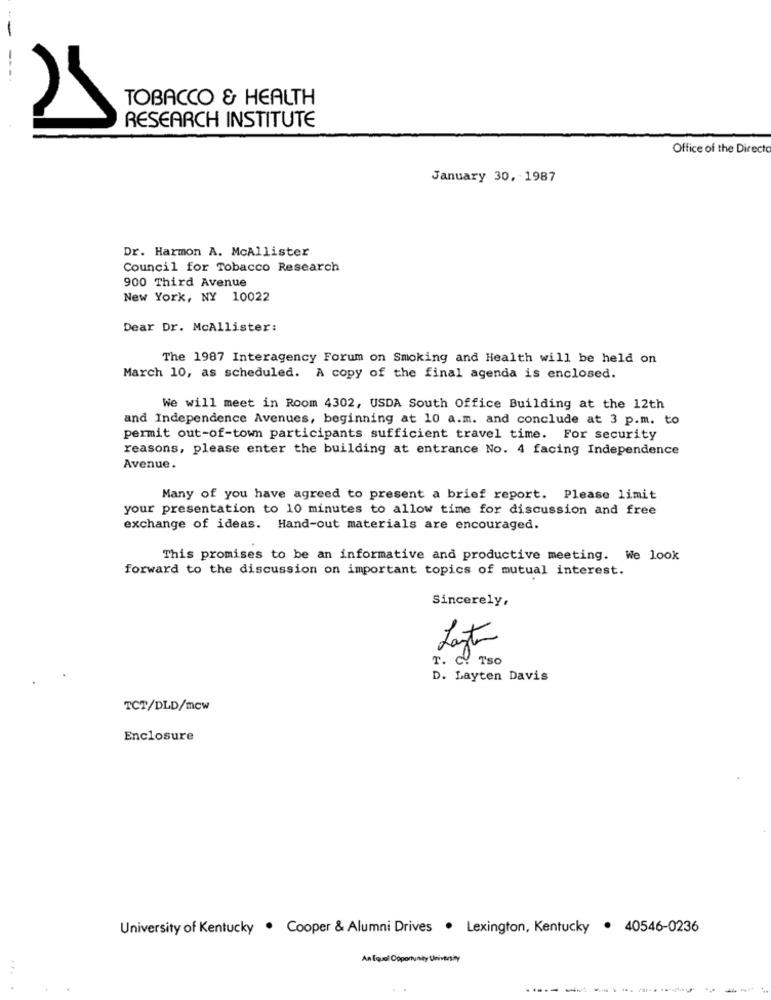
TOBACCO & HEALTH
RESEARCH INSTITUTE
Office of the Direct
January 30, 1987
Dr. Harmon A. McAllister
Council for Tobacco Research
900 Third Avenue
New York, NY 10022
Dear Dr. McAllister:
The 1987 Interagency Forum on Smoking and Health will be held on
March 10, as scheduled. A copy of the final agenda is enclosed.
We will meet in Room 4302, USDA South Office Building at the 12th
and Independence Avenues, beginning at 10 a.m. and conclude at 3 p.m. to
permit out-of-town participants sufficient travel time. For security
reasons, please enter the building at entrance No. 4 facing Independence
Avenue.
Many of you have agreed to present a brief report. Please limit
your presentation to 10 minutes to allow time for discussion and free
exchange of ideas. Hand-out materials are encouraged.
This promises to be an informative and productive meeting. We look
forward to the discussion on important topics of mutual interest.
Sincerely,
Last
r. C. Tso
D. Layten Davis
TCT/DLD/mow
Enclosure
University of Kentucky . Cooper & Alumni Drives . Lexington, Kentucky . 40546-0236
An Equal Opportunity University
...